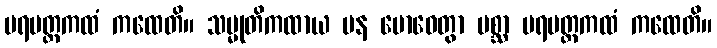
ပရမတ္ထကထံ ကထေတိ။ သမ္မုတိကထာယ ပန ဗောဓေတွာ ပစ္ဆာ ပရမတ္ထကထံ ကထေတိ။